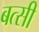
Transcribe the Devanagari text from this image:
बत्सी